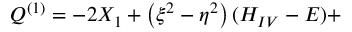
Q ^ { ( 1 ) } = - 2 X _ { 1 } + \left( \xi ^ { 2 } - \eta ^ { 2 } \right) ( H _ { I V } - E ) +